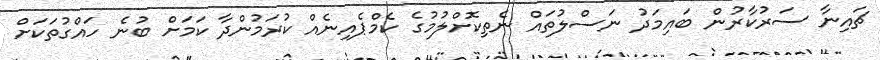
ޗައިނާ ސަރުކާރުން ބައިމަދު ނަސްލުތައް ނެތިކޮށްލުމުގެ ކެމްޕެއިނެއް ކުރަމުންދާ ކަމަށް ބުނެ ހައްގުތަކަށް